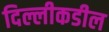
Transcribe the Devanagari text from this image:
दिल्लीकडील